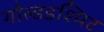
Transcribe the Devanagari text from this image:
गोल्डडश्मिट